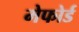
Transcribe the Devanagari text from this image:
मेफोर्ड